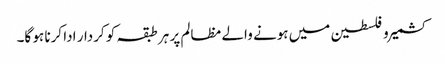
کشمیر و فلسطین میں ہونے والے مظالم پر ہر طبقہ کو کردار ادا کرنا ہو گا۔